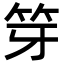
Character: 笌